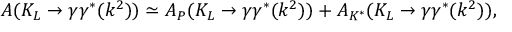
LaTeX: A ( K _ { L } \rightarrow \gamma \gamma ^ { * } ( k ^ { 2 } ) ) \simeq A _ { P } ( K _ { L } \rightarrow \gamma \gamma ^ { * } ( k ^ { 2 } ) ) + A _ { K ^ { * } } ( K _ { L } \rightarrow \gamma \gamma ^ { * } ( k ^ { 2 } ) ) ,